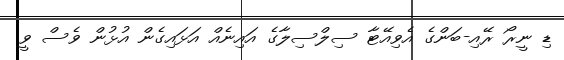
ޑި ނީރޯ ރޭއި-ބަންގެ އެވިއޭޓާ ސިލްސިލާގެ އައިނެއް އަޅައިގެން އުޅުން ވެސް ވީ